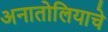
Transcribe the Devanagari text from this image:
अनातोलियाचे